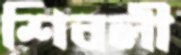
শিবলী